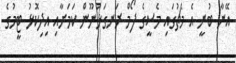
އޭނާ ބުނީ އެ މެޗުގައި މެސީގެ ފޯމް ރަނގަޅުނޫން ކަމަށާއި އިދިކޮޅު ޓީމުގެ